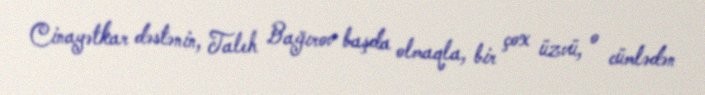
Cinayətkar dəstənin, Taleh Bağırov başda olmaqla, bir çox üzvü, o cümlədən